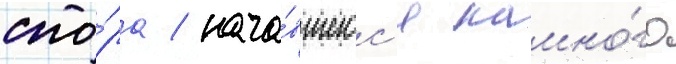
спо́ра / нача́вшегос'я намно́го